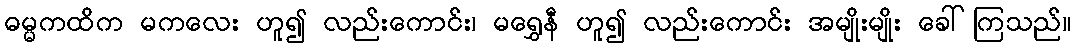
ဓမ္မကထိက မကလေး ဟူ၍ လည်းကောင်း၊ မရွှေနီ ဟူ၍ လည်းကောင်း အမျိုးမျိုး ခေါ်ကြသည်။